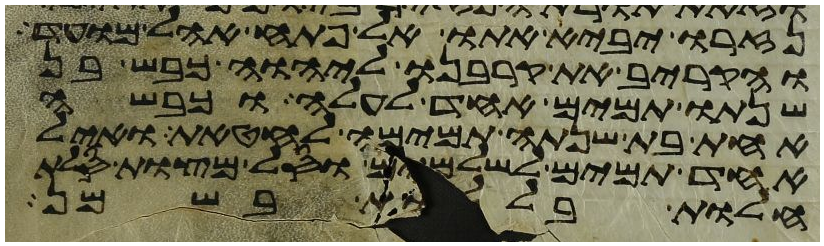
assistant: נזרו יביא אתו אל פתח אהל מועד
והקריב את קרבנו ליהוה כבש בן
שנתו תמים אחד לעלה וכבשה
אחת בת שנתה תמימה לחטאת ואיל
אחד תמים לשלמים וסל מצות סלת
חלות בללות בשמן